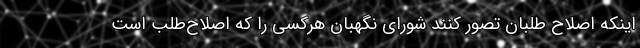
اینکه اصلاح طلبان تصور کنند شورای نگهبان هرکسی را که اصلاح‌طلب است